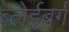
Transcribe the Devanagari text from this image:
ब्लेईबर्ग